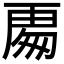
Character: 𭅍